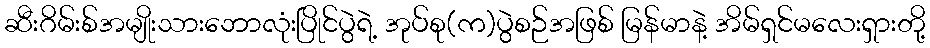
ဆီးဂိမ်းစ်အမျိုးသားဘောလုံးပြိုင်ပွဲရဲ့ အုပ်စု(က)ပွဲစဉ်အဖြစ် မြန်မာနဲ့ အိမ်ရှင်မလေးရှားတို့